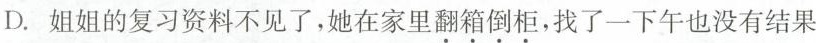
D.姐姐的复习资料不见了，她在家里翻箱倒柜，找了一下午也没有结果